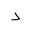
Letter: _dal